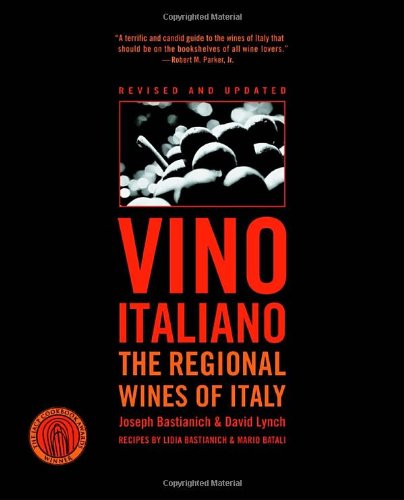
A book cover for Vino Italiano: The Regional Wines of Italy; Joseph Bastianich; Cookbooks, Food & Wine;